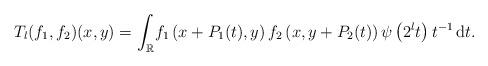
LaTeX: \begin{align*}T_l(f_1,f_2)(x,y)=\int_{\mathbb{R}}\!f_1\left(x+P_1(t),y\right)f_2\left(x,y+P_2(t)\right)\psi\left(2^l t\right)t^{-1}\,\mathrm{d}t.\end{align*}